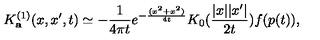
K _ { \bf a } ^ { ( 1 ) } ( x , x ^ { \prime } , t ) \simeq - { \frac { 1 } { 4 \pi t } } e ^ { - { \frac { ( x ^ { 2 } + x ^ { 2 } ) } { 4 t } } } K _ { 0 } ( { \frac { | x | | x ^ { \prime } | } { 2 t } } ) f ( p ( t ) ) ,